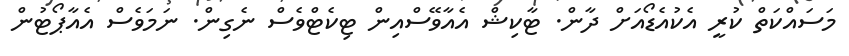
މަސައްކަތް ކުރީ އެކުއެޑޯއަށް ދާން. ޓާކިޝް އެއާވޭސްއިން ޓިކެޓްވެސް ނެގިން. ނަމަވެސް އެއާޕޯޓުން